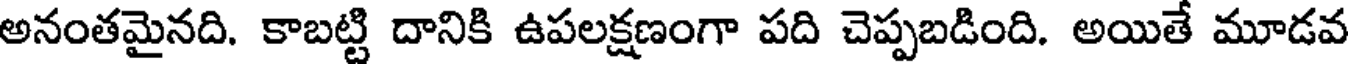
అనంతమైనది. కాబట్టి దానికి ఉపలక్షణంగా పది చెప్పబడింది. అయితే మూడవ